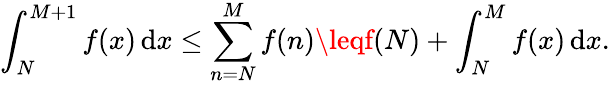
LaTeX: \int_{N}^{M+1}f(x)\, \mathrm{d}x\leq\sum_{n=N}^{M}f(n)\leqf(N)+\int_{N}^{M}f(x)\, \mathrm{d}x.